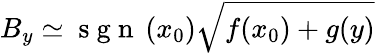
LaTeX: B_{y}\simeq\mathrm{~s~g~n~}\left(x_{0}\right)\sqrt{f(x_{0})+g(y)}